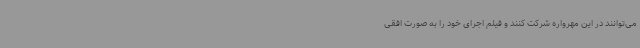
می‌توانند در این مهرواره شرکت کنند و فیلم اجرای خود را به صورت افقی